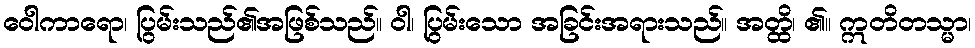
ဝေါကာရော၊ ပြွမ်းသည်၏အဖြစ်သည်။ ဝါ၊ ပြွမ်းသော အခြင်းအရားသည်။ အတ္ထိ၊ ၏။ ဣတိတသ္မာ၊